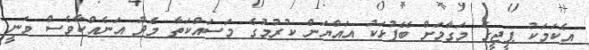
އެކަމަކު ޕީޖީގެ މަގާމަށް ބޭފުޅަކު އައްޔަން ކުރުމުގެ މަސައްކަތާ މެދު އަނެއްކާވެސް ވަނީ